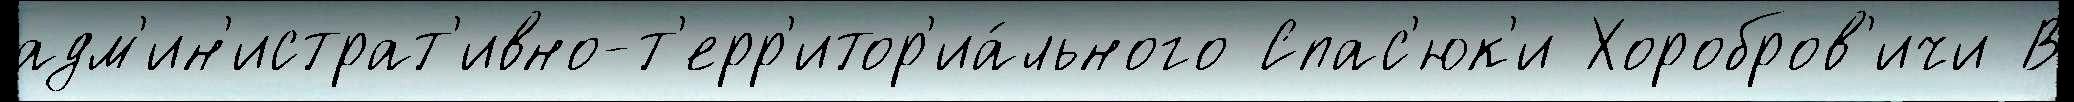
адм'ин'истрат'ивно-т'ерр'итор'иа́льного Спас'юк'и Хоробров'ичи В